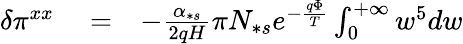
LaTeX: \begin{array}{rlr}{\delta\pi^{xx}}&{{}=}&{-\frac{\alpha_{\ast s}}{2qH}\pi N_{\ast s}e^{-\frac{q\Phi}{T}}\int_{0}^{+\infty}w^{5}dw}\end{array}